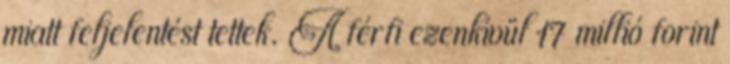
miatt feljelentést tettek. A férfi ezenkívül 17 millió forint